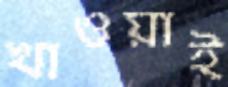
খাওয়াই